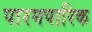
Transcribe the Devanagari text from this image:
पारमपारिक